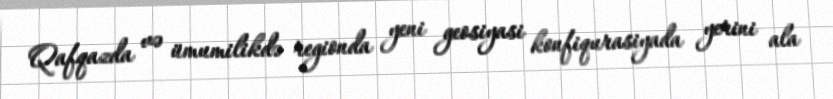
Qafqazda və ümumilikdə regionda yeni geosiyasi konfiqurasiyada yerini ala